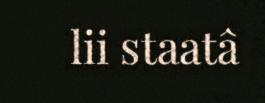
lii staatâ